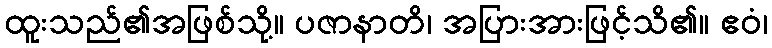
ထူးသည်၏အဖြစ်သို့။ ပဇာနာတိ၊ အပြားအားဖြင့်သိ၏။ ဧဝံ၊